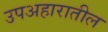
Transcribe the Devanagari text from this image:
उपअहारातील